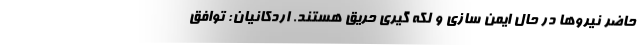
حاضر نیروها در حال ایمن سازی و لکه گیری حریق هستند. اردکانیان: توافق